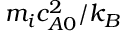
m _ { i } c _ { A 0 } ^ { 2 } / k _ { B }